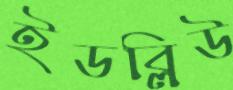
ইডব্লিউ